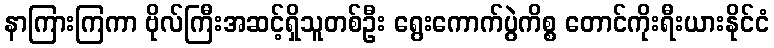
နာကြားကြကာ ဗိုလ်ကြီးအဆင့်ရှိသူတစ်ဦး ရွေးကောက်ပွဲကိစ္စ တောင်ကိုးရီးယားနိုင်ငံ